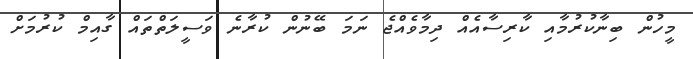
މީހުން ބިނާކުރުމާއި ކާރިސާއެއް ދިމާވެއްޖެ ނަމަ ބޭނުން ކުރާނެ ވަސީލަތްތައް ގާއިމް ކުރުމަށް